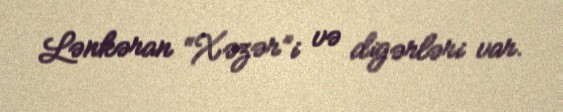
Lənkəran “Xəzər”i və digərləri var.